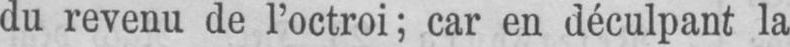
du revenu de l’octroi; car en déculpant la